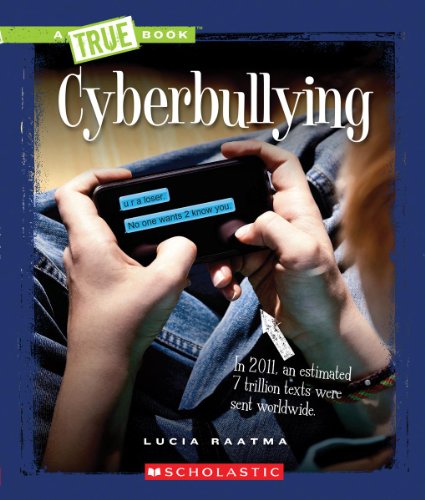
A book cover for Cyberbullying (True Books: Guides to Life); Lucia Raatma; Children's Books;